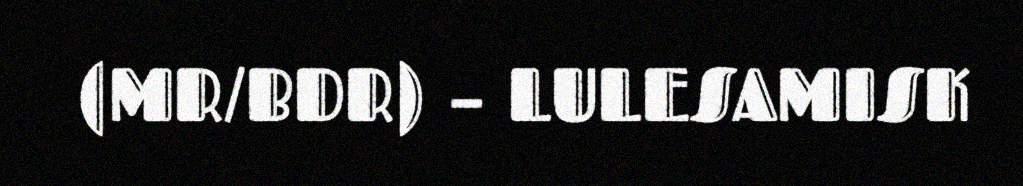
(MR/BDR) – LULESAMISK